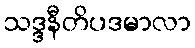
သဒ္ဒနီတိပဒမာလာ